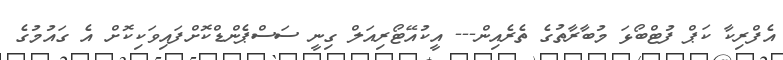
އެފްރިކާ ކަޕް ފުޓްބޯޅަ މުބާރާތުގެ ތެރެއިން--- އީކުއޭޓޯރިއަލް ގިނީ ސަސްޕެންޑްކޮށްފައިވަކިކޮށް އެ ގައުމުގެ